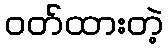
ဝတ်ထားတဲ့